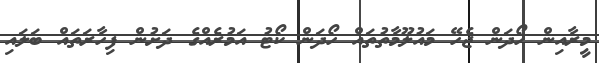
މީރާއިން ހޯދަން ޖެހޭ މައުލޫމާތުތައް ހޯދަން ކޯޓު އަމުރެއްގެ ދަށުން ފިހާރަތައް ބަލައި